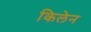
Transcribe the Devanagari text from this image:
किलेन